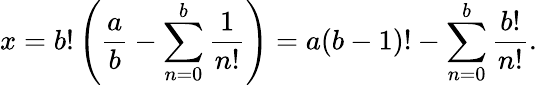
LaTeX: x=b!\left({\frac{a}{b}}-\sum_{n=0}^{b}{\frac{1}{n!}}\right)=a(b-1)!-\sum_{n=0}^{b}{\frac{b!}{n!}}.